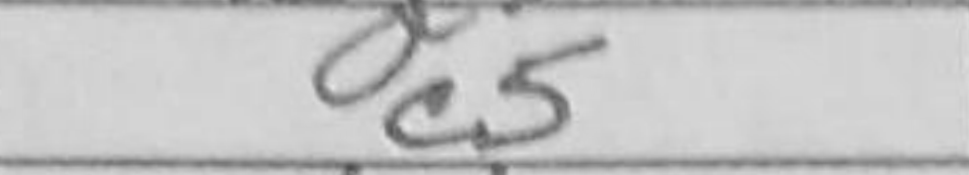
Transcription: c5